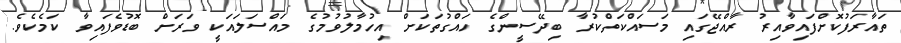
ތައާރަފުކޮށްފައިވާއިރު ރާއްޖޭގައި މަސައްކަތްކުރާ ބިދޭސީންގެ ހައްގުތަކަށް އިހުމާލުވުމުގެ މައްސަލައަކީ ވަރަށް ބޮޑުވެފައިވާ ކަމެކެވެ.